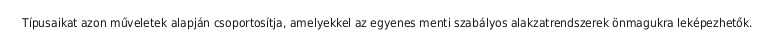
Típusaikat azon műveletek alapján csoportosítja, amelyekkel az egyenes menti szabályos alakzatrendszerek önmagukra leképezhetők.